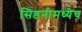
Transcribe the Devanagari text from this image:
सिडनीमध्येच